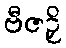
ဗီဇဉှိ